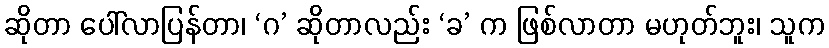
ဆိုတာ ပေါ်လာပြန်တာ၊ ‘ဂ’ ဆိုတာလည်း ‘ခ’ က ဖြစ်လာတာ မဟုတ်ဘူး၊ သူက